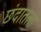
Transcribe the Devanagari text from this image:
छंदातला